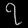
Digit: ၇